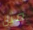
مثل